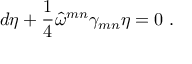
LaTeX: d \eta + \frac { 1 } { 4 } \hat { \omega } ^ { m n } \gamma _ { m n } \eta = 0 \; .